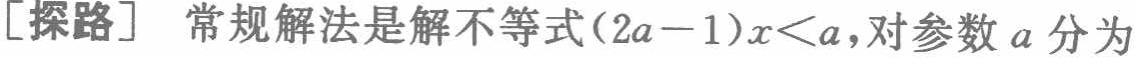
[探路] 常规解法是解不等式\((2a - 1)x < a\)，对参数\(a\)分为